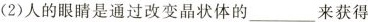
(2)人的眼睛是通过改变晶状体的___来获得